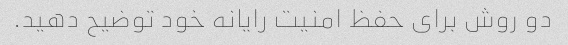
دو روش برای حفظ امنیت رایانه خود توضیح دهید.